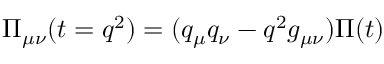
\Pi _ { \mu \nu } ( t = q ^ { 2 } ) = ( q _ { \mu } q _ { \nu } - q ^ { 2 } g _ { \mu \nu } ) \Pi ( t )